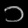
Digit: ၁